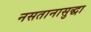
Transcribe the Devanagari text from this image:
नसतानासुद्धा